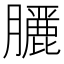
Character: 𮍇